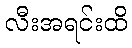
လီးအရင်းထိ